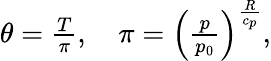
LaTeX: \begin{array}{r}{\theta=\frac{T}{\pi},\quad\pi=\left(\frac{p}{p_{0}}\right)^{\frac{R}{c_{p}}},}\end{array}